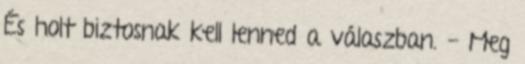
És holt biztosnak kell lenned a válaszban. - Meg